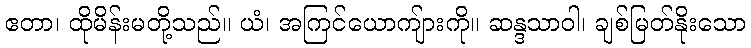
ဧတာ၊ ထိုမိန်းမတို့သည်။ ယံ၊ အကြင်ယောကျ်ားကို။ ဆန္ဒသာဝါ၊ ချစ်မြတ်နိုးသော